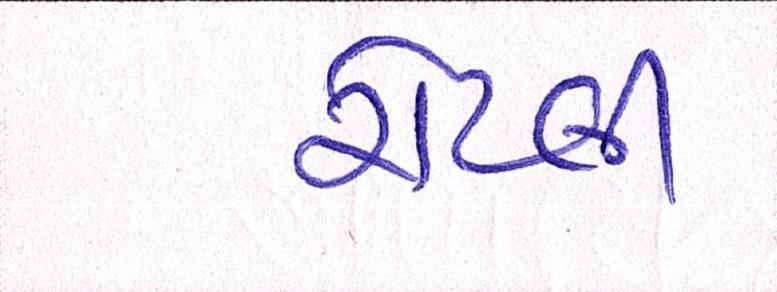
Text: રોટલી